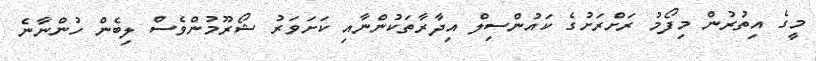
މީގެ އިތުރުން މިފޯމު ރަށްރަށުގެ ކައުންސިލް އިދާރާތަކުންނާއި ކަށަވަރު ޝޯރޫމުންވެސް ލިބެން ހުންނާނެ